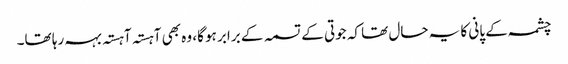
چشمہ کے پانی کا یہ حال تھا کہ جوتی کے تسمہ کے برابر ہو گا، وہ بھی آہستہ آہستہ بہہ رہا تھا۔